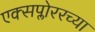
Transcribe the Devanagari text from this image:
एक्सप्लोररच्या